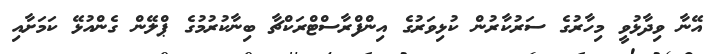
އޭނާ ވިދާޅުވީ މިހާރުގެ ސަރުކާރުން ކުޅިވަރުގެ އިންފްރާސްޓްރަކްޗާ ބިނާކުރުމުގެ ޕްލޭން ގެންއުޅޭ ކަމަށާއި